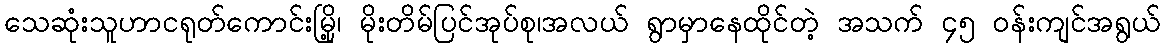
သေဆုံးသူဟာငရုတ်ကောင်းမြို့၊ မိုးတိမ်ပြင်အုပ်စု၊အလယ် ရွာမှာနေထိုင်တဲ့ အသက် ၄၅ ဝန်းကျင်အရွယ်